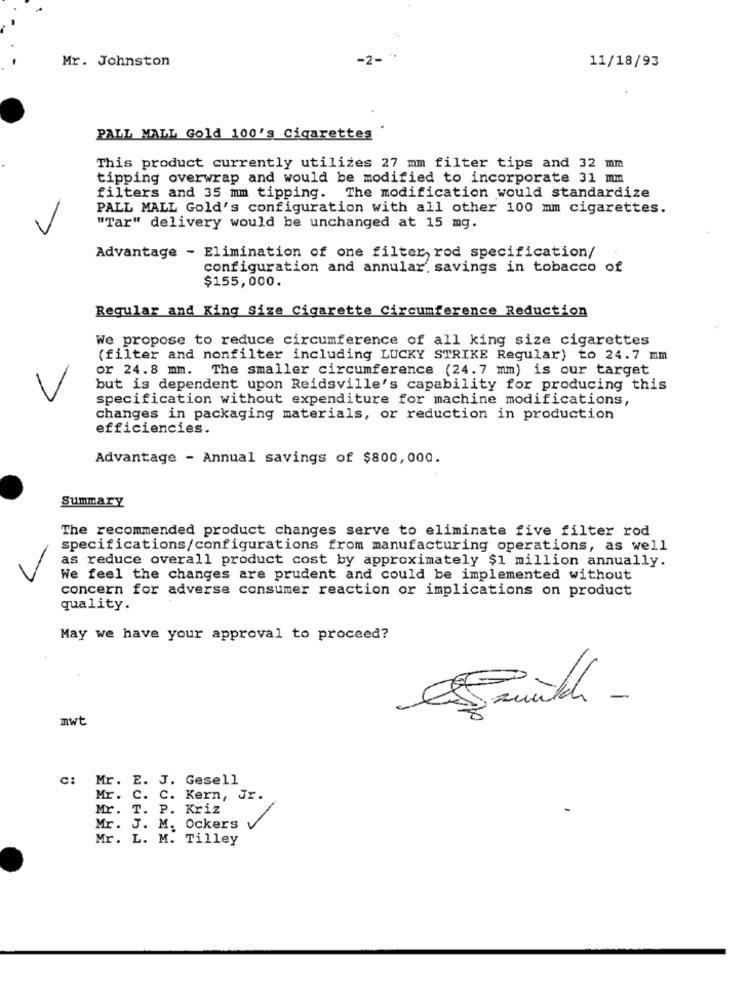
Mr. Johnston
-2-
11/18/93
PALL MALL Gold 100's Cigarettes
This product currently utilizes 27 mm filter tips and 32 mm
tipping overwrap and would be modified to incorporate 31 mm
filters and 35 mm tipping. The modification would standardize
-
PALL MALL Gold's configuration with all other 100 mm cigarettes.
"Tar" delivery would be unchanged at 15 mg.
Advantage - Elimination of one filter rod specification/
configuration and annular. savings in tobacco of
$155,000.
Regular and King Size Cigarette Circumference Reduction
We propose to reduce circumference of all king size cigarettes
(filter and nonfilter including LUCKY STRIKE Regular) to 24.7 mm
or 24.8 mm. The smaller circumference (24.7 mm) is our target
but is dependent upon Reidsville's capability for producing this
specification without expenditure for machine modifications,
changes in packaging materials, or reduction in production
efficiencies.
Advantage - Annual savings of $800,000.
Summary
The recommended product changes serve to eliminate five filter rod
specifications/configurations from manufacturing operations, as well
as reduce overall product cost by approximately $1 million annually.
We feel the changes are prudent and could be implemented without
concern for adverse consumer reaction or implications on product
quality.
May we have your approval to proceed?
mwt
c: Mr. E. J. Gesell
Mr. C. C. Kern, Jr.
Mr. T. P. Kriz
Mr. J. M. Ockers
Mr. L. M. Tilley